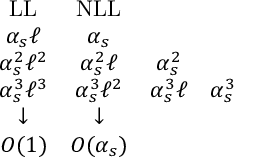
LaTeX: \nonumber \begin{array} { c c c c } { { \mathrm { L L } } } & { { \mathrm { N L L } } } & { { } } & { { } } \\ { { \alpha _ { s } \ell } } & { { \alpha _ { s } } } & { { } } & { { } } \\ { { \alpha _ { s } ^ { 2 } \ell ^ { 2 } } } & { { \alpha _ { s } ^ { 2 } \ell } } & { { \alpha _ { s } ^ { 2 } } } & { { } } \\ { { \alpha _ { s } ^ { 3 } \ell ^ { 3 } } } & { { \alpha _ { s } ^ { 3 } \ell ^ { 2 } } } & { { \alpha _ { s } ^ { 3 } \ell } } & { { \alpha _ { s } ^ { 3 } } } \\ { { \downarrow } } & { { \downarrow } } & { { } } & { { } } \\ { { { \cal O } ( 1 ) } } & { { { \cal O } ( \alpha _ { s } ) } } & { { } } & { { } } \end{array}